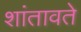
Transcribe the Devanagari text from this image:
शांतावते